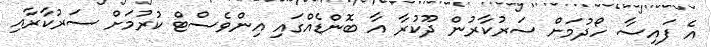
އެ ފައިސާ ހޯދުމަށް ސަރުކާރުން ދޫކުރާ އާ ބޮންޑެއްގައި އިންވެސްޓް ކުރުމަށް ސަރުކާރާއި